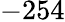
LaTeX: -254